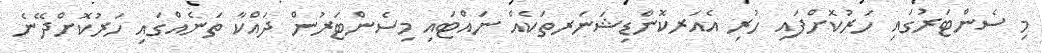
މި ސެންޓަރުގައި ހަރުކޮށްފައި ހުރި އެއަރކޮންޑިޝަނަރތަކެއް ނައްޓައި މިސެންޓަރުން ދައްކާ ތަނެއްގައި ހަރުކޮށްދޭނެ